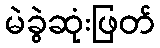
မဲခွဲဆုံးဖြတ်